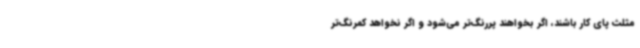
مثلث پای کار باشند، اگر بخواهند پررنگ‌تر می‌شود و اگر نخواهد کمرنگ‌تر